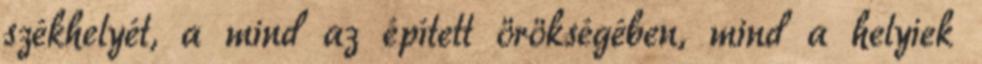
székhelyét, a mind az épített örökségében, mind a helyiek